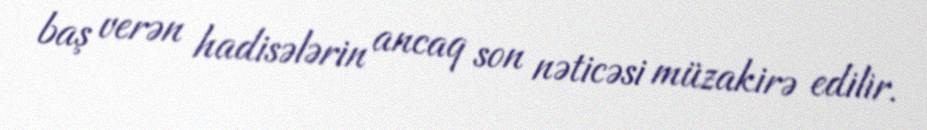
baş verən hadisələrin ancaq son nəticəsi müzakirə edilir.